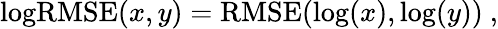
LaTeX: \begin{array}{r}{\mathrm{logRMSE}(x,y)=\mathrm{RMSE}(\log(x),\log(y))\ ,}\end{array}